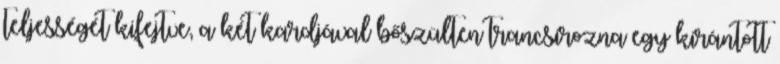
teljességét kifejtve, a két kardjával bőszülten trancsírozna egy kirántott